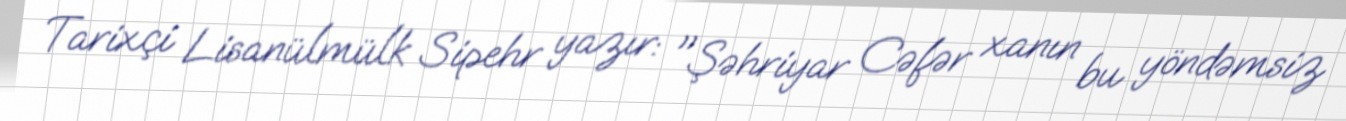
Tarixçi Lisanülmülk Sipehr yazır: "Şəhriyar Cəfər xanın bu yöndəmsiz